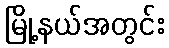
မြို့နယ်အတွင်း